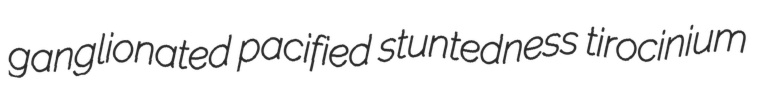
ganglionated pacified stuntedness tirocinium